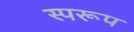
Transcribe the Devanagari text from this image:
स्परूप